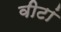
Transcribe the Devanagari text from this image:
वीटां